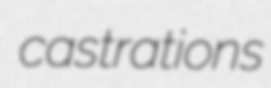
castrations